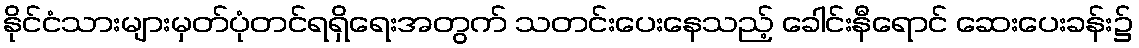
နိုင်ငံသားများမှတ်ပုံတင်ရရှိရေးအတွက် သတင်းပေးနေသည့် ခေါင်းနီရောင် ဆေးပေးခန်း၌